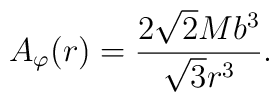
{A}_{\varphi}(r)=\frac{2\sqrt{2}Mb^3}{\sqrt{3}r^3}.